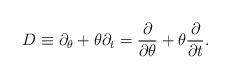
LaTeX: \begin{align*}D \equiv \partial_\theta + \theta \partial_t = \frac{\partial}{\partial \theta} + \theta \frac{\partial} {\partial t}.\end{align*}